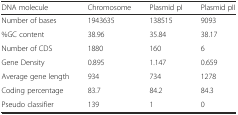
<table><thead><tr><td><b>DNA molecule</b></td><td><b>Chromosome</b></td><td><b>Plasmid pI</b></td><td><b>Plasmid pII</b></td></tr></thead><tbody><tr><td>Number of bases</td><td>1943635</td><td>138515</td><td>9093</td></tr><tr><td>%GC content</td><td>38.96</td><td>35.84</td><td>38.17</td></tr><tr><td>Number of CDS</td><td>1880</td><td>160</td><td>6</td></tr><tr><td>Gene Density</td><td>0.895</td><td>1.147</td><td>0.659</td></tr><tr><td>Average gene length</td><td>934</td><td>734</td><td>1278</td></tr><tr><td>Coding percentage</td><td>83.7</td><td>84.2</td><td>84.3</td></tr><tr><td>Pseudo classifier</td><td>139</td><td>1</td><td>0</td></tr></tbody></table>